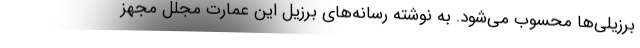
برزیلی‌ها محسوب می‌شود. به نوشته رسانه‌های برزیل این عمارت مجلل مجهز